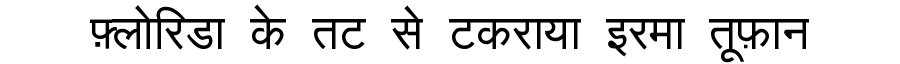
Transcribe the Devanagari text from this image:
फ़्लोरिडा के तट से टकराया इरमा तूफ़ान